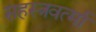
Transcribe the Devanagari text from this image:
सहस्‍त्रवर्त्‍मा